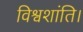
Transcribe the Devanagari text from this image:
विश्वशांति।